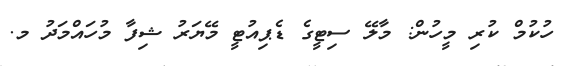
ހުކުމް ކުރި މީހުން: މާލޭ ސިޓީގެ ޑެޕިއުޓީ މޭޔަރު ޝިފާ މުހައްމަދު މ.